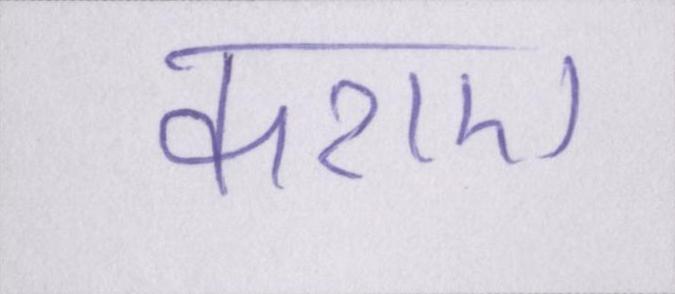
कराए